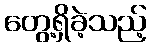
တွေ့ရှိခဲ့သည့်